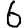
Digit: 6